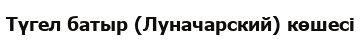
Түгел батыр (Луначарский) көшесі